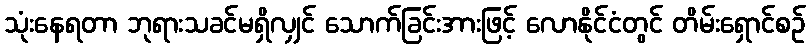
သုံးနေရတာ ဘုရားသခင်မရှိလျှင် သောက်ခြင်းအားဖြင့် လောနိုင်ငံတွင် တိမ်းရှောင်စဉ်